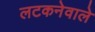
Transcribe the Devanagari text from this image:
लटकनेवाले